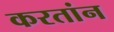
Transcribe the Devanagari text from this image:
करतांन